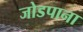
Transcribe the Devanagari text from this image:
जोडपाना